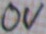
Text: 0V